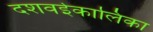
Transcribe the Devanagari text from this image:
दशवईकालिका